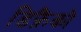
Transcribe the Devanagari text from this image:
डिफ्रैंको